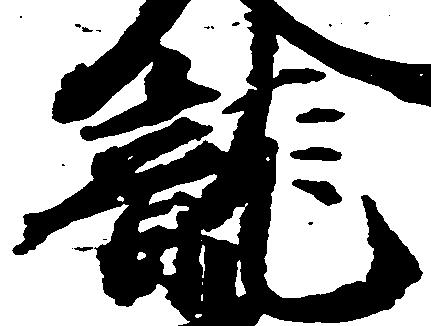
龍